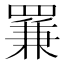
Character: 𦋰